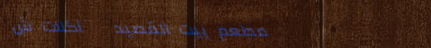
مطعم بيت القصيد   أكلات ش